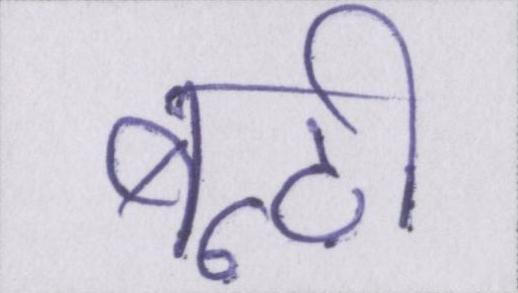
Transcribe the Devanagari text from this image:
बूटी